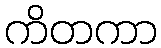
ကိတကာ